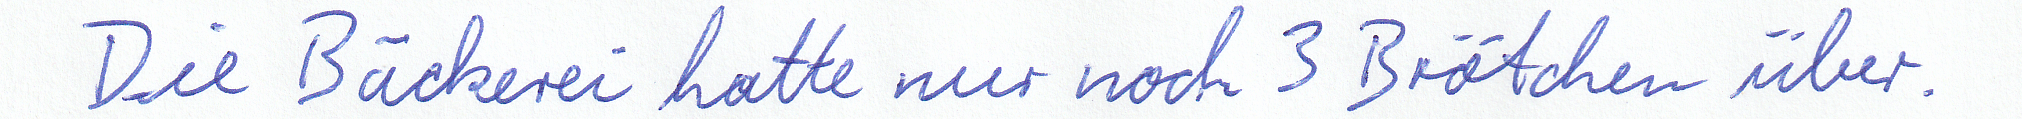
Die Bäckerei hatte nur noch 3 Brötchen über.